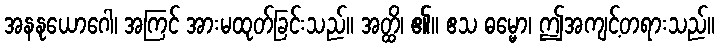
အနနုယောဂေါ၊ အကြင် အားမထုတ်ခြင်းသည်။ အတ္ထိ၊ ၏။ ဧသ ဓမ္မော၊ ဤအကျင့်တရားသည်။